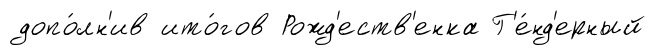
допо́лн'ив ито́гов Рожд'еств'енка Г'е́нд'ерный